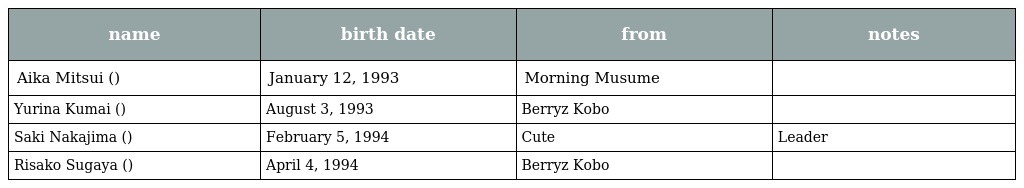
| name | birth date | from | notes |
 | --- | --- | --- | --- |
 | Aika Mitsui (光井愛佳) | January 12, 1993 | Morning Musume |  |
 | Yurina Kumai (熊井友理奈) | August 3, 1993 | Berryz Kobo |  |
 | Saki Nakajima (中島早貴) | February 5, 1994 | Cute | Leader |
 | Risako Sugaya (菅谷梨沙子) | April 4, 1994 | Berryz Kobo |  |